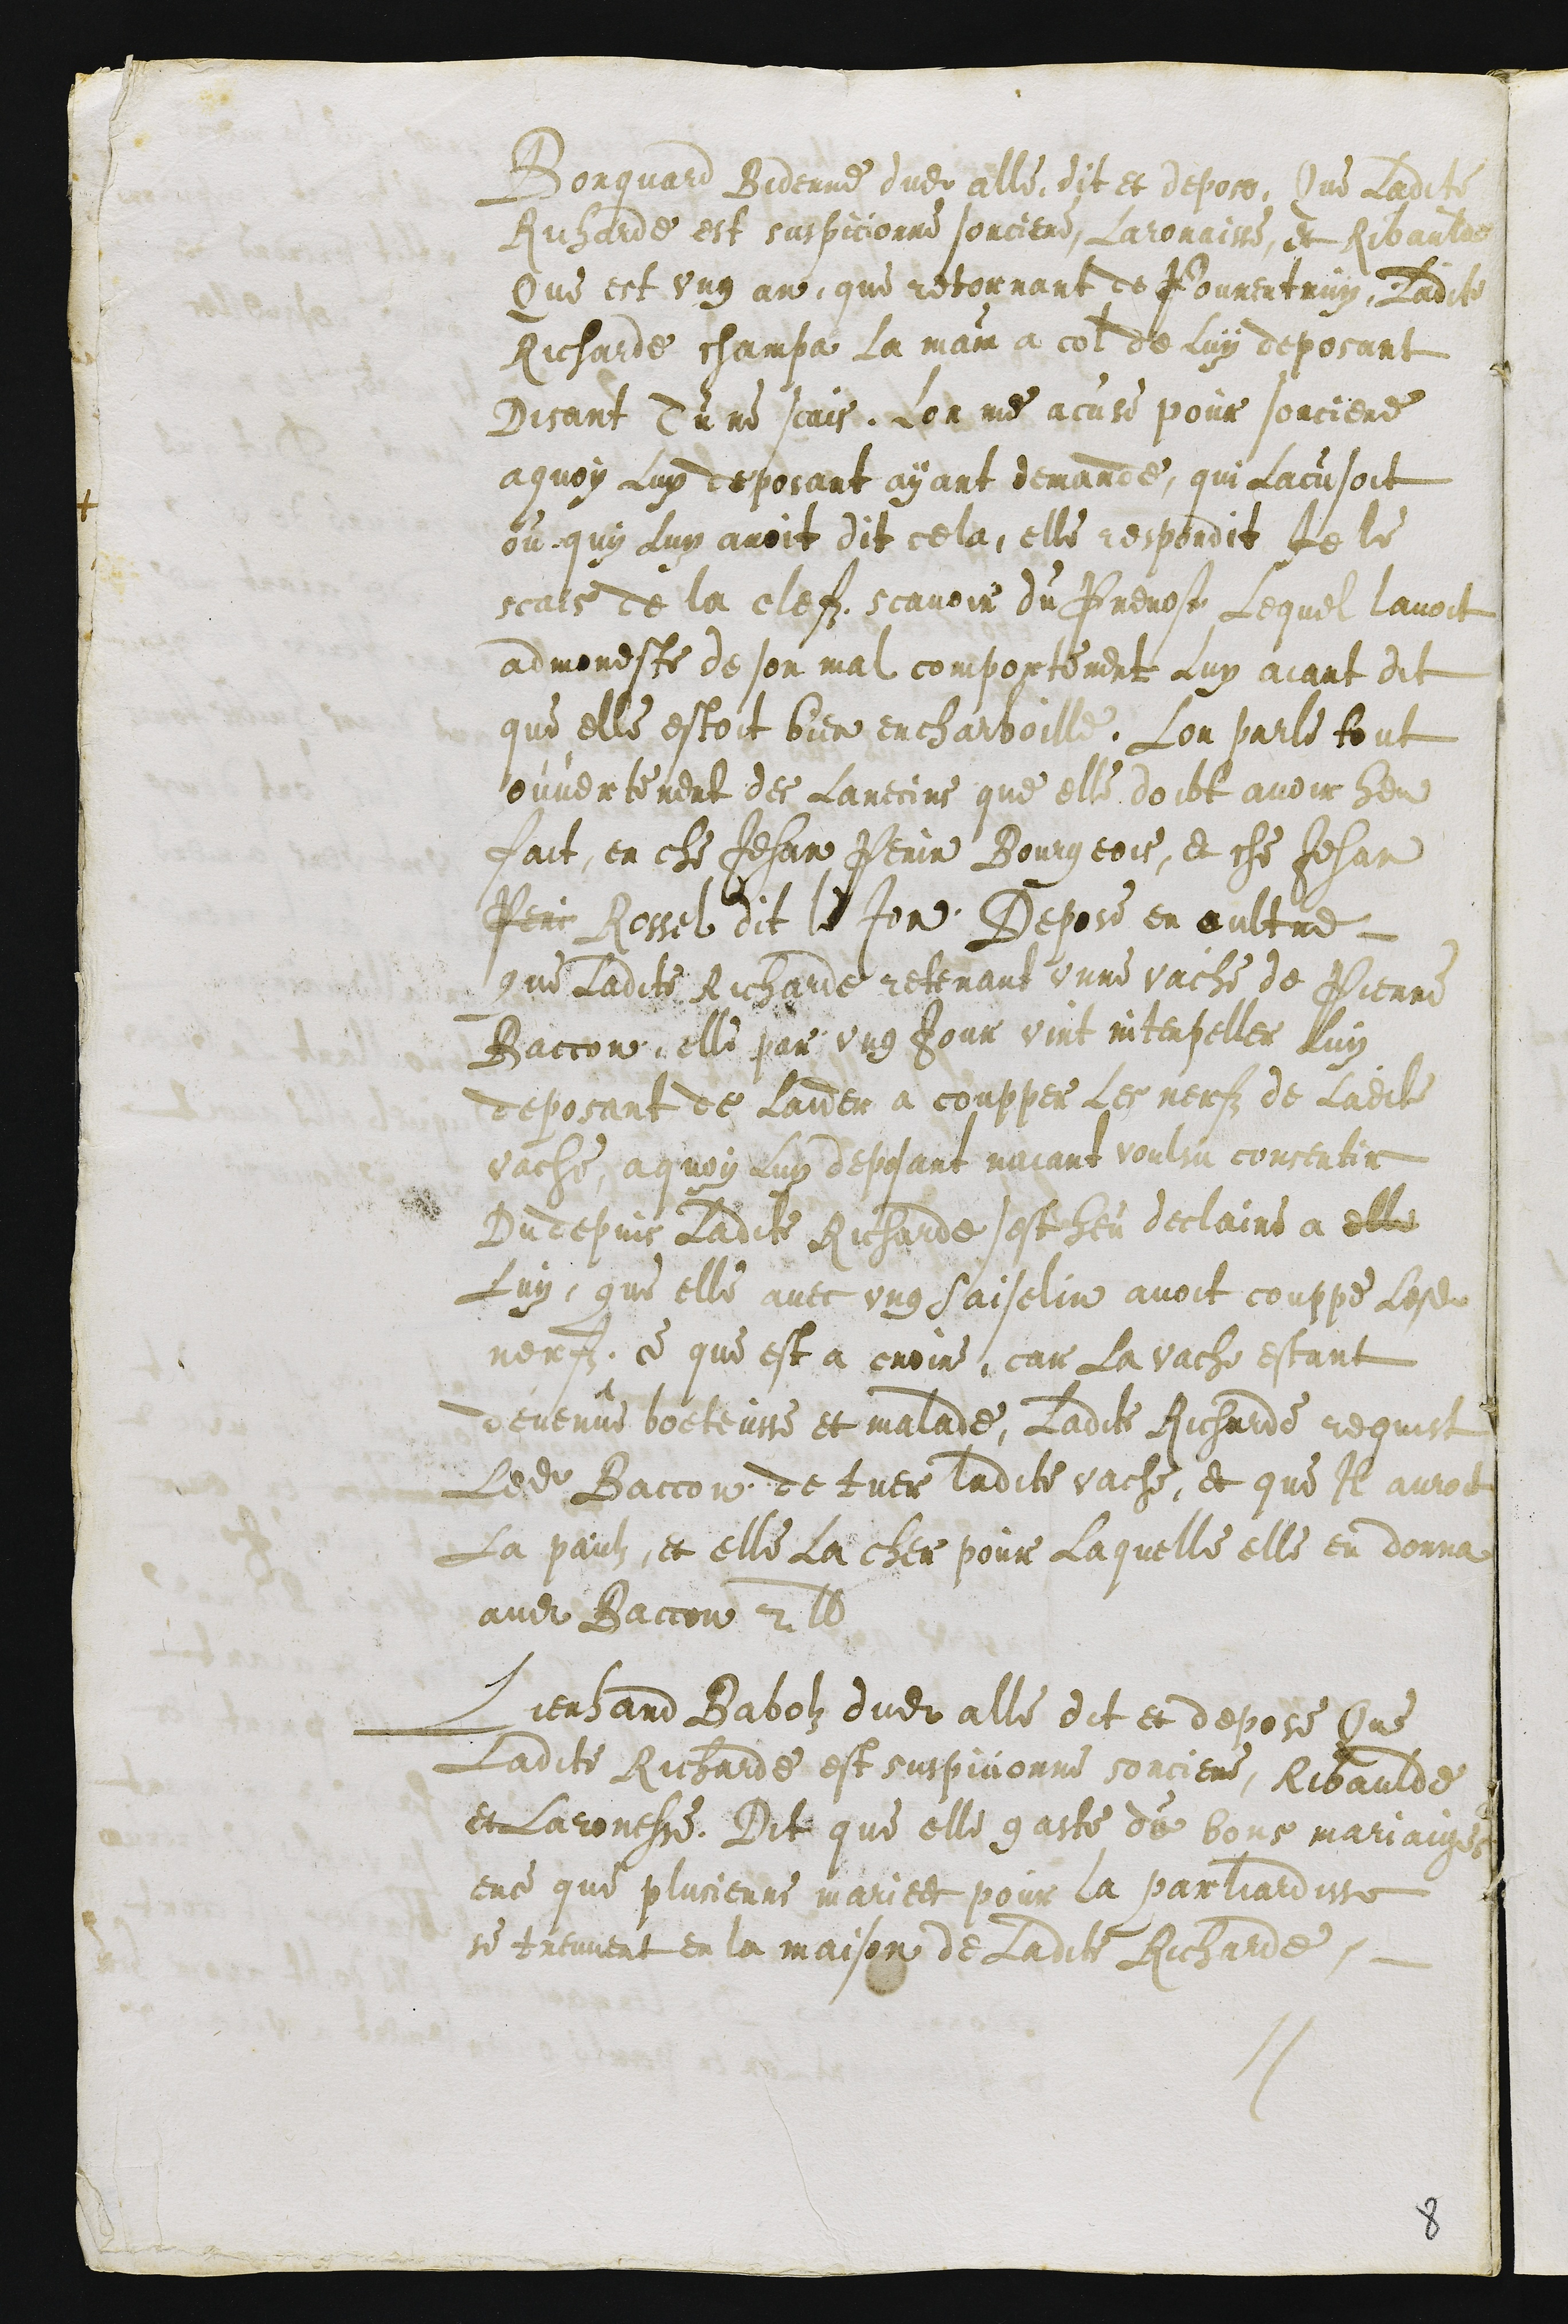
Borquard Bidenne dudit alle dit et depose Que Ladite
Richarde est suspicionne sorciere, Laronaisse et Ribaulde
Que est ung an que retornant de Pourentruy, Ladite
Richarde champa La main a col de luy deposant
disant Tu ne scais, Lon me acuse pour sorciere
a quoy luy deposant ayant demande, qui Lacusoit
ou quy Luy avoit dit cela, elle respondit Je le
scais de la clefz, scavoir du Prevost Lequel lavoit
admoneste de son mal comportement Luy aiant dit
que elle estoit bien encharboille, Lon parle tout
ouvertement des Larecins que elle doibt avoir heu
fait en che Jehan Perin Bourgeois, et che Jehan
Perin Rossel dit le Jon. Depose en oultre
Que Ladite Richarde retenant unne vache de Pierre
Baccon, elle par ung Jour vint interpeller Luy
deposant de laider a coupper les nerfz de Ladite
vache, a quoy luy deposant naiant voulsu consentir
Du depuis Ladite Richarde sest heu declaire a elle
Luy, que elle avec ung Saiselin avoit couppe Lesdits
nerfs, ce que est a croire, car La vache estant
devenue boeteusse et malade, Ladite Richarde requist
Ledit Baccon de tuer ladite vache, et que Il auroit
La paulz et elle La cher pour Laquelle elle en donna
audit Baccon 2 lb
Lienhard Babolz dudit alle dit et depose Que
Ladite Richarde est suspicionne sorciere, Ribaulde
et Laronesse. Dit que elle gaste de bons mariaiges
ence que plusieurs mariees pour la parliadisse
se treuvent en la maison de Ladite Richarde.